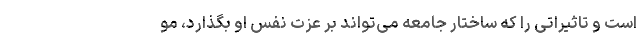
است و تاثیراتی را که ساختار جامعه می‌تواند بر عزت نفس او بگذارد، مو